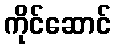
ကိုင်ဆောင်